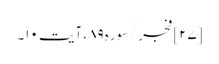
[۲۷] فجر/سوره۸۹، آیت ۱۰۔